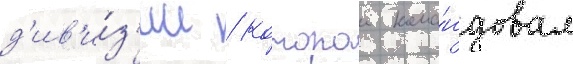
д'ив'и́з'ии / которои кома́ндовал